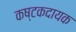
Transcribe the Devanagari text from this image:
कष्टकदायक